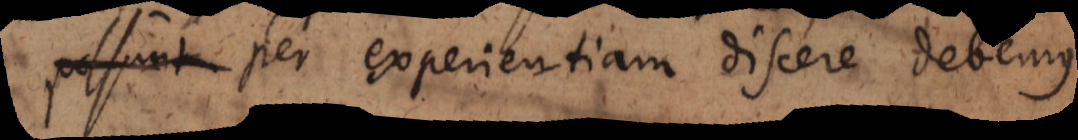
possunt per experientiam discere debemus.